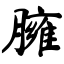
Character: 臃